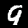
Digit: 9